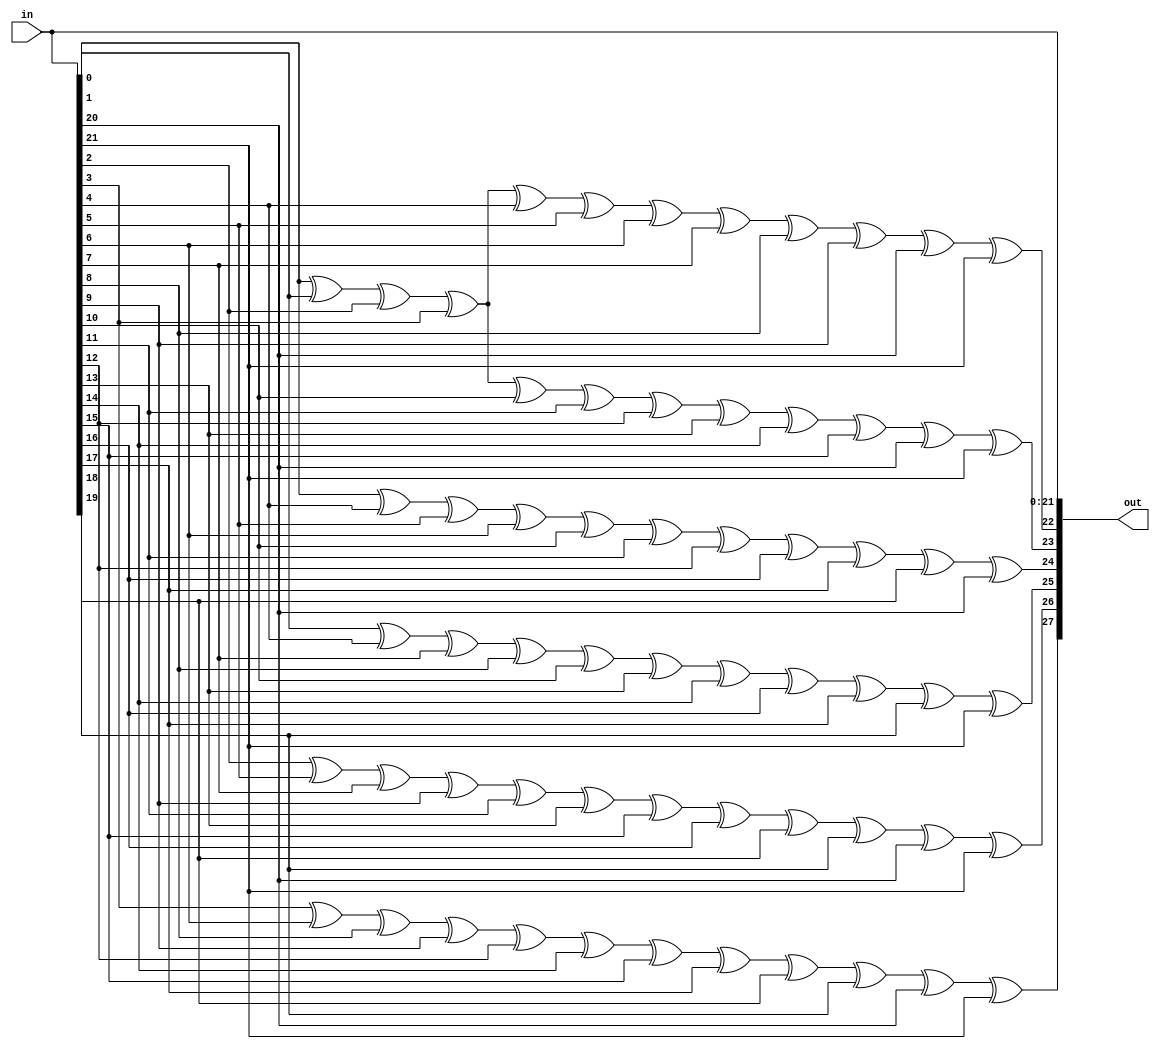
module prim_secded_28_22_enc (
	in,
	out
);
	input [21:0] in;
	output wire [27:0] out;
	assign out[0] = in[0];
	assign out[1] = in[1];
	assign out[2] = in[2];
	assign out[3] = in[3];
	assign out[4] = in[4];
	assign out[5] = in[5];
	assign out[6] = in[6];
	assign out[7] = in[7];
	assign out[8] = in[8];
	assign out[9] = in[9];
	assign out[10] = in[10];
	assign out[11] = in[11];
	assign out[12] = in[12];
	assign out[13] = in[13];
	assign out[14] = in[14];
	assign out[15] = in[15];
	assign out[16] = in[16];
	assign out[17] = in[17];
	assign out[18] = in[18];
	assign out[19] = in[19];
	assign out[20] = in[20];
	assign out[21] = in[21];
	assign out[22] = ((((((((((in[0] ^ in[1]) ^ in[2]) ^ in[3]) ^ in[4]) ^ in[5]) ^ in[6]) ^ in[7]) ^ in[8]) ^ in[9]) ^ in[20]) ^ in[21];
	assign out[23] = ((((((((((in[0] ^ in[1]) ^ in[2]) ^ in[3]) ^ in[10]) ^ in[11]) ^ in[12]) ^ in[13]) ^ in[14]) ^ in[15]) ^ in[20]) ^ in[21];
	assign out[24] = (((((((((in[0] ^ in[4]) ^ in[5]) ^ in[6]) ^ in[10]) ^ in[11]) ^ in[12]) ^ in[16]) ^ in[17]) ^ in[18]) ^ in[20];
	assign out[25] = (((((((((in[1] ^ in[4]) ^ in[7]) ^ in[8]) ^ in[10]) ^ in[13]) ^ in[14]) ^ in[16]) ^ in[17]) ^ in[19]) ^ in[21];
	assign out[26] = ((((((((((in[2] ^ in[5]) ^ in[7]) ^ in[9]) ^ in[11]) ^ in[13]) ^ in[15]) ^ in[16]) ^ in[18]) ^ in[19]) ^ in[20]) ^ in[21];
	assign out[27] = ((((((((((in[3] ^ in[6]) ^ in[8]) ^ in[9]) ^ in[12]) ^ in[14]) ^ in[15]) ^ in[17]) ^ in[18]) ^ in[19]) ^ in[20]) ^ in[21];
endmodule